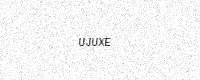
Text: UJUXE